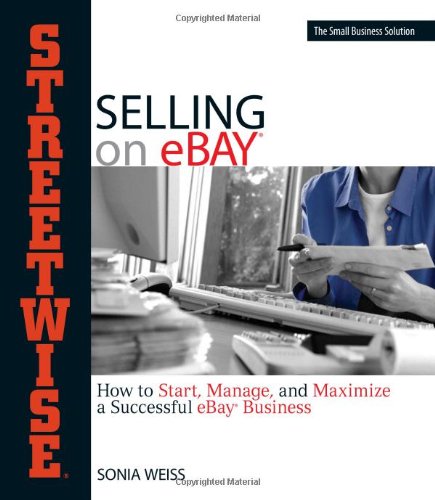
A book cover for Streetwise Selling On Ebay: How to Start, Manage, And Maximize a Successful eBay Business; Sonia Weiss; Computers & Technology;